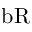
\mathrm { b R }